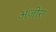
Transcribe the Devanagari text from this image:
अंजीरा